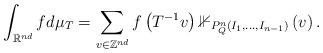
LaTeX: \begin{align*}\int_{\mathbb{R}^{nd}}fd\mu_{T}=\sum_{v\in\mathbb{Z}^{nd}}f\left(T^{-1}v\right)\mathbb{1}_{P_{Q}^{n}\left(I_{1},\dots,I_{n-1}\right)}\left(v\right).\end{align*}